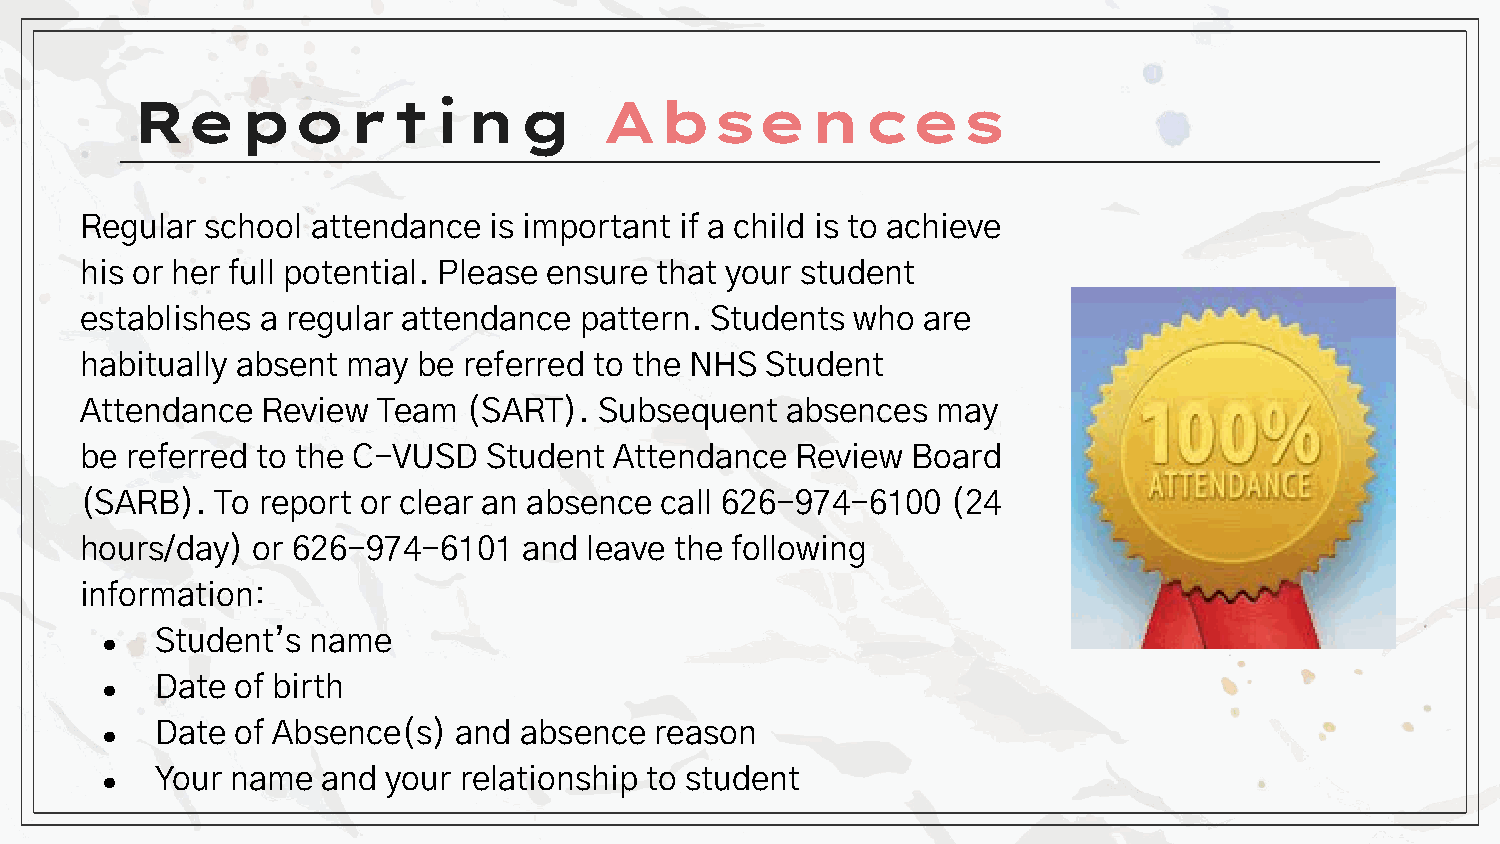
Reporting                      Absences
 Regular  school attendance is important if a child is to achieve
 his or her full potential. Please ensure that your student
 establishes a regular attendance pattern. Students  who are
 habitually absent may  be referred to the NHS Student
 Attendance  Review  Team  (SART).  Subsequent  absences  may
 be referred to the C-VUSD  Student  Attendance  Review Board
 (SARB).  To report or clear an absence call 626-974-6100  (24
 hours/day)  or 626-974-6101   and leave the following
 information:
 Student’s  name
 ●
 Date  of birth
 ●
 Date  of Absence(s) and absence  reason
 ●
 Your name  and  your relationship to student
 ●